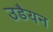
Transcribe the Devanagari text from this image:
उडैयन